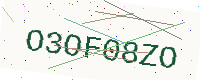
Text: O3OF08ZO